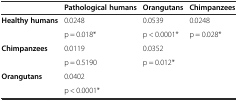
<table><thead><tr><td></td><td><b>Pathological humans</b></td><td><b>Orangutans</b></td><td><b>Chimpanzees</b></td></tr></thead><tbody><tr><td rowspan="2"><b>Healthy humans</b></td><td>0.0248</td><td>0.0539</td><td>0.0248</td></tr><tr><td>p = 0.018*</td><td>p &lt; 0.0001*</td><td>p = 0.028*</td></tr><tr><td rowspan="2"><b>Chimpanzees</b></td><td>0.0119</td><td>0.0352</td><td></td></tr><tr><td>p = 0.5190</td><td>p = 0.012*</td><td></td></tr><tr><td><b>Orangutans</b></td><td>0.0402</td><td></td><td></td></tr><tr><td></td><td>p &lt; 0.0001*</td><td></td><td></td></tr></tbody></table>